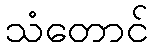
သံတောင်